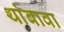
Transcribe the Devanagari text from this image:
थांबावा